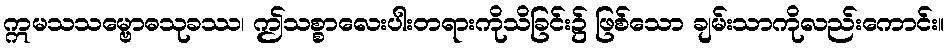
ဣမသသမ္ဗောဓသုခဿ၊ ဤသစ္စာလေးပါးတရားကိုသိခြင်း၌ ဖြစ်သော ချမ်းသာကိုလည်းကောင်း။